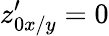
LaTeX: z_{0x/y}^{\prime}=0